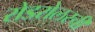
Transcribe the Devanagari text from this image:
रोडरोलरची